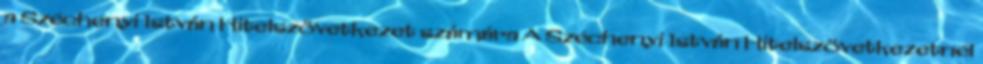
a Széchenyi István Hitelszövetkezet számára A Széchenyi István Hitelszövetkezetnél